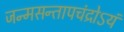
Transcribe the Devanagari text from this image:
जन्मसन्तापचंद्रोऽयं